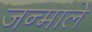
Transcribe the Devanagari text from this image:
जन्माले